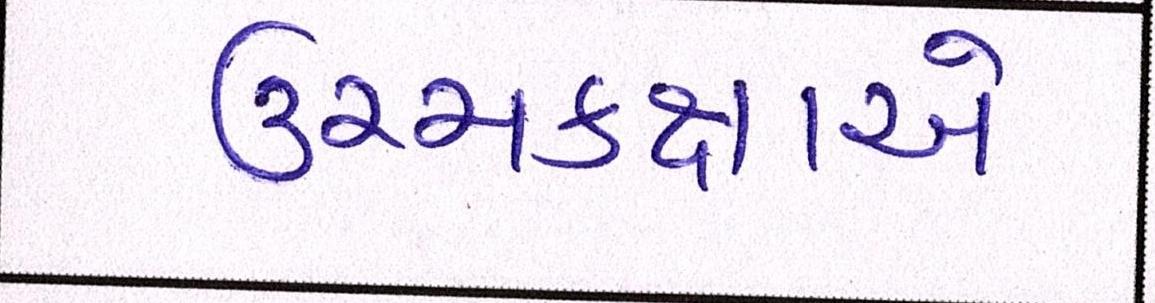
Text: ઉચ્ચકક્ષાએ